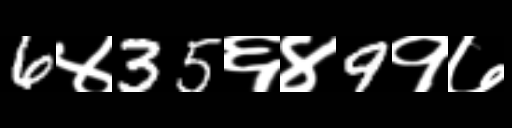
Text: 6४35६४9१७